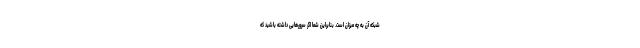
شبکه آن به چه میزان است. بنابراین شما اگر سرورهایی داشته باشید که